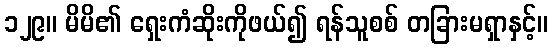
၁၂၉။ မိမိ၏ ရှေးကံဆိုးကိုဖယ်၍ ရန်သူစစ် တခြားမရှာနှင့်။